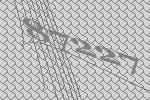
87227